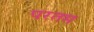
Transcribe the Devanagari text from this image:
परतम